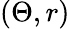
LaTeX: (\Theta,r)